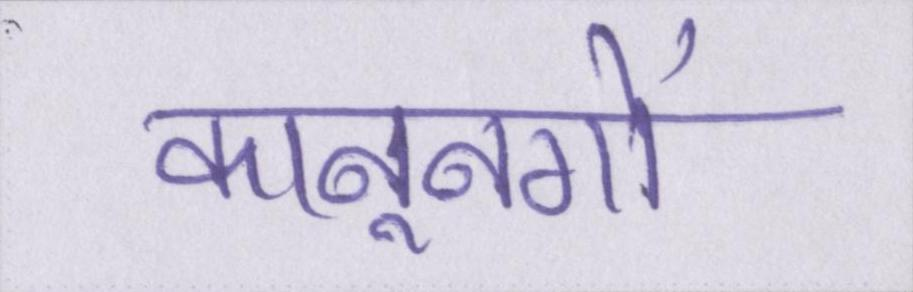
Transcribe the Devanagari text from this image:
कानूनगो